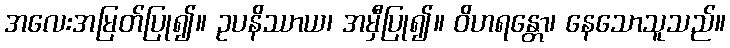
အလေးအမြတ်ပြု၍။ ဥပနိဿာယ၊ အမှီပြု၍။ ဝိဟရန္တော၊ နေသောသူသည်။